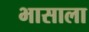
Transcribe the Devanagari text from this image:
भासाला